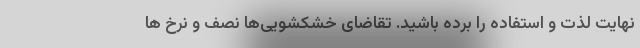
نهایت لذت و استفاده را برده باشید. تقاضای خشکشویی‌ها نصف و نرخ ها